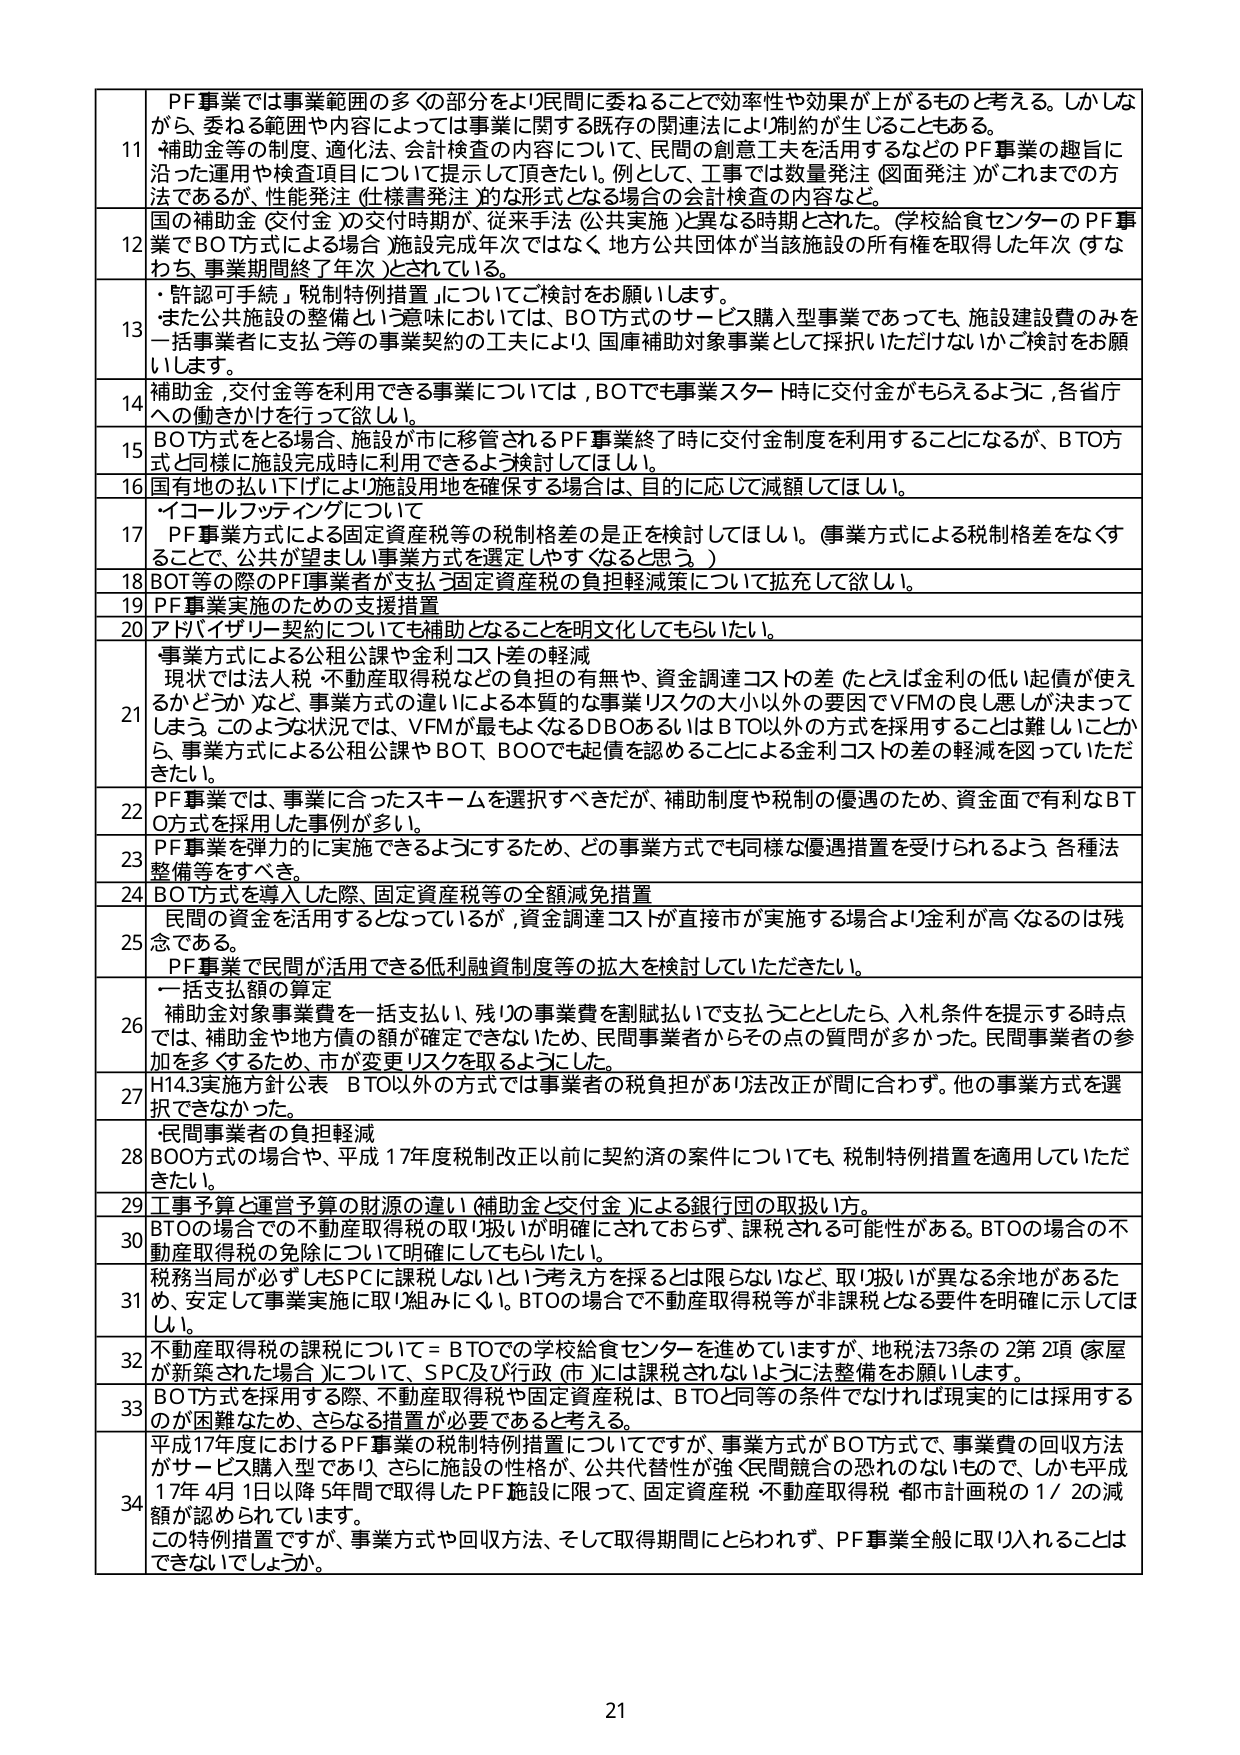
11 PF事業では事業範囲の多くの部分をより民間に委ねることで効率性や効果が上がるものと考える。しかしながら、委ねる範囲や内容によっては事業に関する既存の関連法により制約が生じることもある。補助金等の制度、適化法、会計検査の内容について、民間の創意工夫を活用するなどのPF事業の趣旨に沿った運用や検査項目について提示して頂きたい。例として、工事では数量発注（図面発注）がこれまでの方法であるが、性能発注（仕様書発注）的な形式となる場合の会計検査の内容など。

12 国の補助金（交付金）の交付時期が、従来手法（公共実施）と異なる時期とされた。（学校給食センターのPF事業でBOT方式による場合）施設完成年次ではなく、地方公共団体が当該施設の所有権を取得した年次（すなわち、事業期間終了年次）とされている。

13 ・「許認可手続」、「税制特例措置」についてご検討をお願いします。
また公共施設の整備という意味においては、BOT方式のサービス購入型事業であっても、施設建設費のみを一括事業者に支払う等の事業契約の工夫により、国庫補助対象事業として採択いただけないかご検討をお願いします。

14 補助金、交付金等を利用できる事業については、BOTでも事業スタート時に交付金がもらえるように、各省庁への働きかけを行って欲しい。

15 BOT方式をとる場合、施設が市に移管されるPF事業終了時に交付金制度を利用することになるが、BTO方式と同様に施設完成時に利用できるよう検討してほしい。

16 国有地の払い下げにより施設用地を確保する場合は、目的に応じて減額してほしい。

17 「イコールフッティング」について
PF事業方式による固定資産税等の税制格差の是正を検討してほしい。（事業方式による税制格差をなくすことで、公共が望ましい事業方式を選定しやすくなると思う。）

18 BOT等の際のPF事業者が支払う固定資産税の負担軽減策について拡充して欲しい。

19 PF事業実施のための支援措置

20 アドバイザリー契約についても補助となることを明文化してもらいたい。

21 事業方式による公租公課や金利コスト差の軽減
現状では法人税、不動産取得税などの負担の有無や、資金調達コストの差（たとえば金利の低い起債が使えるかどうか）など、事業方式の違いによる本質的な事業リスクの大小以外の要因でVFMの良し悪しが決まってしまう。このような状況では、VFMが最もなるDBOあるいはBTO以外の方式を採用することは難しいことから、事業方式による公租公課やBOT、BOOでも起債を認めることによる金利コストの差の軽減を図っていただきたい。

22 PF事業では、事業に合ったスキームを選択すべきだが、補助制度や税制の優遇のため、資金面で有利なBTO方式を採用した事例が多い。

23 PF事業を弾力的に実施できるようにするため、どの事業方式でも同様な優遇措置を受けられるよう、各種法整備等をすべき。

24 BOT方式を導入した際、固定資産税等の全額減免措置

25 民間の資金を活用するとなっているが、資金調達コストが直接市が実施する場合より金利が高くなるのは残念である。
PF事業で民間が活用できる低利融資制度等の拡大を検討していただきたい。

26 一括支払額の算定
補助金対象事業費を一括支払い、残りの事業費を割賦払いと支払うこととしたが、入札条件を提示する時点では、補助金や地方債の額が確定できないため、民間事業者からその点の質問が多かった。民間事業者の参加を多くするため、市が変更リスクを取るようにした。

27 H14.3実施方針公表　BTO以外の方式では事業者の税負担があり法改正が間に合わず、他の事業方式を選択できなかった。

28 「民間事業者の負担軽減」
BOO方式の場合や、平成17年度税制改正以前に契約済の案件についても、税制特例措置を適用していただきたい。

29 工事予算と運営予算の財源の違い（補助金と交付金）による銀行団の取扱い方。

30 BTOの場合での不動産取得税の取り扱いが明確にされておらず、課税される可能性がある。BTOの場合の不動産取得税の免除について明確にしてもらいたい。

31 税務当局が必ずしもSPCに課税しないという考え方を採るとは限らないなど、取り扱いが異なる余地があるため、安定して事業実施に取り組みにくい。BTOの場合で不動産取得税等が非課税となる要件を明確に示してほしい。

32 不動産取得税の課税については＝BTOでの学校給食センターを進めていますが、地税法73条の2第2項（家屋が新築された場合）について、SPC及び行政（市）には課税されないように法整備をお願いします。

33 BOT方式を採用する際、不動産取得税や固定資産税は、BTOと同等の条件でなければ現実的には採用するのが困難なため、さらなる措置が必要であると考える。

34 平成17年度におけるPF事業の税制特例措置についてですが、事業方式がBOT方式で、事業費の回収方法がサービス購入型であり、さらに施設の性格が、公共代替性が強く民間競合の恐れのないもので、しかも平成17年4月1日以降5年間で取得したPF施設に限って、固定資産税・不動産取得税・都市計画税の1/2の減額が認められています。
この特例措置ですが、事業方式や回収方法、そして取得期間にとらわれず、PF事業全般に取り入れることはできないでしょうか。

21